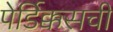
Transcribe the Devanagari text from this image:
पेर्डिक्कसची